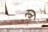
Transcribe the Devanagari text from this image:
रन्ज़्